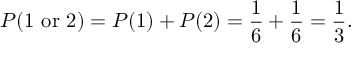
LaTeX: P ( 1 { \mathrm { ~ o r ~ } } 2 ) = P ( 1 ) + P ( 2 ) = { \frac { 1 } { 6 } } + { \frac { 1 } { 6 } } = { \frac { 1 } { 3 } } .